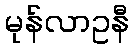
မုန်လာဥနီ